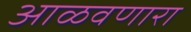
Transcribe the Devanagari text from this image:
आळवणारा